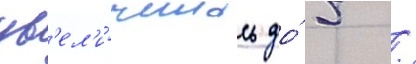
ув'ел'и́чилась до́ 5 /